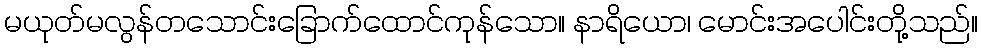
မယုတ်မလွန်တသောင်းခြောက်ထောင်ကုန်သော။ နာရိယော၊ မောင်းအပေါင်းတို့သည်။